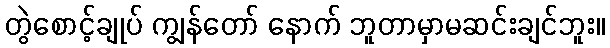
တွဲစောင့်ချုပ် ကျွန်တော် နောက် ဘူတာမှာမဆင်းချင်ဘူး။